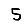
Digit: 5